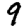
Digit: 9